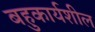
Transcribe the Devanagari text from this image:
बहुकार्यशील